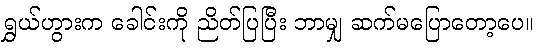
ရွှယ်ဟွားက ခေါင်းကို ညိတ်ပြပြီး ဘာမျှ ဆက်မပြောတော့ပေ။